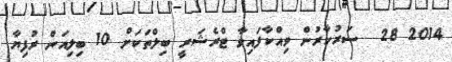
2014 28  ސަރުކާރުން ވިއްކާފައިވާ ޓްރެޝަރީ ބިލްތަކަށް 10 ބިލިއަން ރުފިޔާ